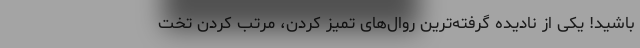
باشید! یکی از نادیده گرفته‌ترین روال‌های تمیز کردن، مرتب کردن تخت